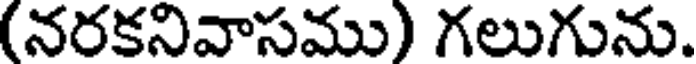
(నరకనివాసము) గలుగును.